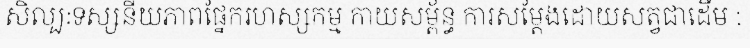
សិល្បៈទស្សនីយភាពផ្នែករហស្សកម្ម កាយសម្ព័ន្ធ ការសម្តែងដោយសត្វជាដើម :